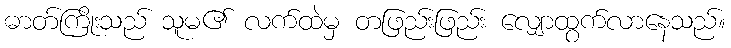
ဓာတ်ကြိုးသည် သူမ၏ လက်ထဲမှ တဖြည်းဖြည်း လျှောထွက်လာနေသည်။